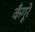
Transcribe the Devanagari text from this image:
कँगूरे